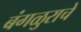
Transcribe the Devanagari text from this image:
बंगळुराचे